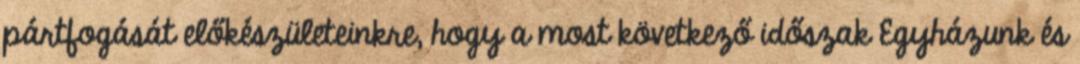
pártfogását előkészületeinkre, hogy a most következő időszak Egyházunk és